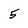
Character: 5